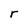
Character: r